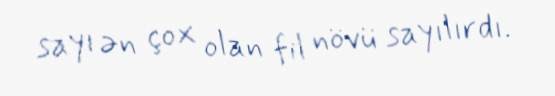
sayı ən çox olan fil növü sayılırdı.